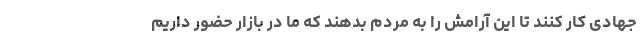
جهادی کار کنند تا این آرامش را به مردم بدهند که ما در بازار حضور داریم